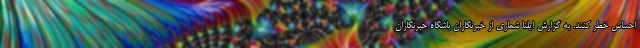
احساس خطر کنند. به گزارش ایلنا شماری از خبرنگاران باشگاه خبرنگاران